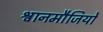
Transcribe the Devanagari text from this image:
श्वानमौजियों